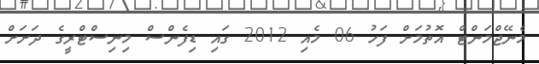
މެނޭޖްމަންޓް އޮތުމަށް ފަހު 06 މެއި 2012 ގައި ޑިފެންސް މިނިސްޓްރީގެ ދަށަށް